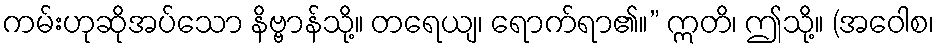
ကမ်းဟုဆိုအပ်သော နိဗ္ဗာန်သို့။ တရေယျ၊ ရောက်ရာ၏။” ဣတိ၊ ဤသို့။ (အဝေါစ၊